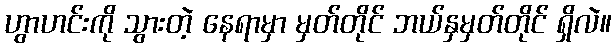
ဟွာဟင်းကို သွားတဲ့ နေရာမှာ မှတ်တိုင် ဘယ်နှမှတ်တိုင် ရှိလဲ။